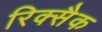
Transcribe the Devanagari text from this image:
रिक्सैक